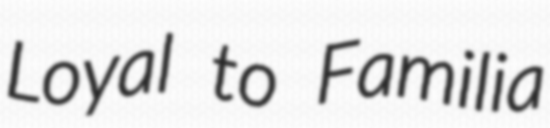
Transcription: Loyal to Familia